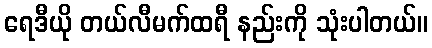
ရေဒီယို တယ်လီမက်ထရီ နည်းကို သုံးပါတယ်။